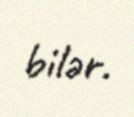
bilər.